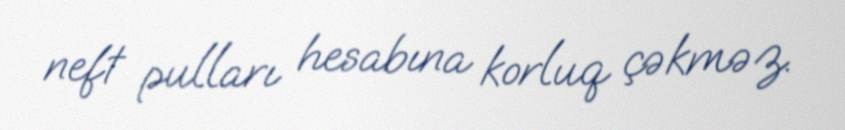
neft pulları hesabına korluq çəkməz.